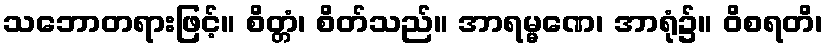
သဘောတရားဖြင့်။ စိတ္တံ၊ စိတ်သည်။ အာရမ္မဏေ၊ အာရုံ၌။ ဝိစရတိ၊